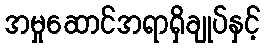
အမှုဆောင်အရာရှိချုပ်နှင့်